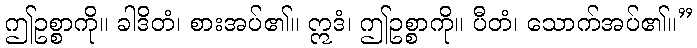
ဤဥစ္စာကို။ ခါဒိတံ၊ စားအပ်၏။ ဣဒံ၊ ဤဥစ္စာကို။ ပီတံ၊ သောက်အပ်၏။”